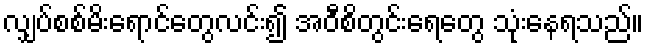
လျှပ်စစ်မိးရောင်တွေလင်း၍ အဝီစိတွင်းရေတွေ သုံးနေရသည်။